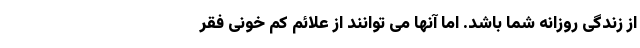
از زندگی روزانه شما باشد. اما آنها می توانند از علائم کم خونی فقر